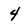
Character: 4